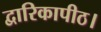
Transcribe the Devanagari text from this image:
द्वारिकापीठ।